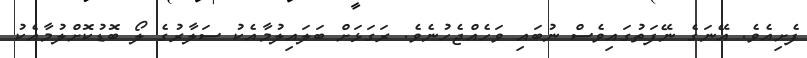
ފެށިއެވެ. އޭނަގެ ނޭފަތުގައިވެސް ނުބައި ވަހެއްޖެހުނެވެ. ރަގަޅަށް ބަލައިލުމާއެކު ސަލާރުގެ ލޯ ބޮޑުކޮށްލުމާއެކު